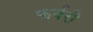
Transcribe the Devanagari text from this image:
फर्वरी